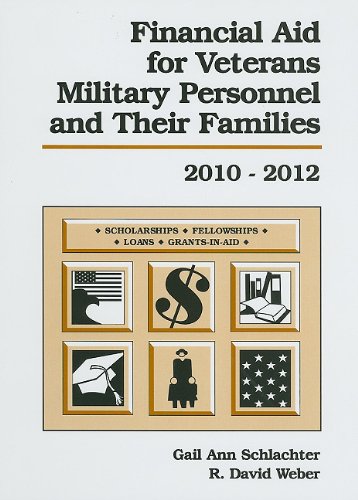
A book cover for Financial Aid for Veterans, Military Personnel, and Their Families, 2010-2012 (Financial Aid for Veterans, Military Personnel and Their Dependents); Gail Ann Schlachter; Business & Money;